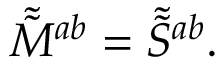
\tilde { \tilde { M } } { } ^ { a b } = \tilde { \tilde { S } } { } ^ { a b } .